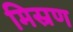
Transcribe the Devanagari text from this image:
मिस्रण